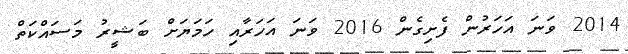
2014 ވަނަ އަހަރުން ފެށިގެން 2016 ވަނަ އަހަރާއި ހަމަޔަށް ބަޝީރު މަސައްކަތް